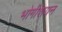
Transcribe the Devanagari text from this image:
भोगीशयन